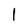
Character: 1